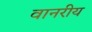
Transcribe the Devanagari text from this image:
वानरीय